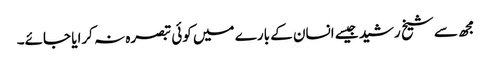
مجھ سے شیخ رشید جیسے انسان کے بارے میں کوئی تبصرہ نہ کرایا جائے۔